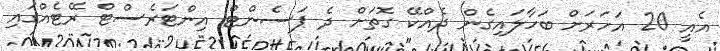
އެއީ 20 އަހަރަށް ބަހާލައިގެން ދެއްކޭ ގޮތަށް ދެ ޕަސެންޓް އިންޓަރެސްޓް ރޭޓެއްގައި